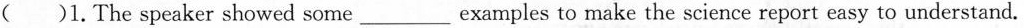
( )1.The speaker showed some ___ examples to make the science report easy to understand.